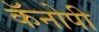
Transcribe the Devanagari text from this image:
कॅनोपी